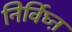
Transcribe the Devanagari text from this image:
निर्विघ्ऩ